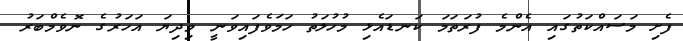
ފެށި މަސައްކަތުގައި އެންމެ ފުރަތަމަ ކަނޑައެޅި މުހުލަތު ހަމަވެފައިވަނީ މިދިޔަ އަހަރުގެ ނޮވެމްބަރު